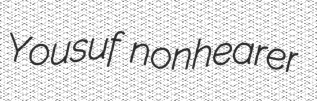
Yousuf nonhearer